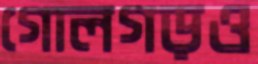
গোলগড়ও